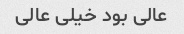
عالی بود خیلی عالی